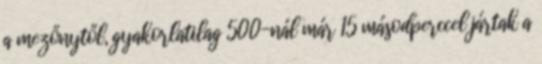
a mezőnytől, gyakorlatilag 500-nál már 15 másodperccel jártak a